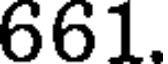
661.